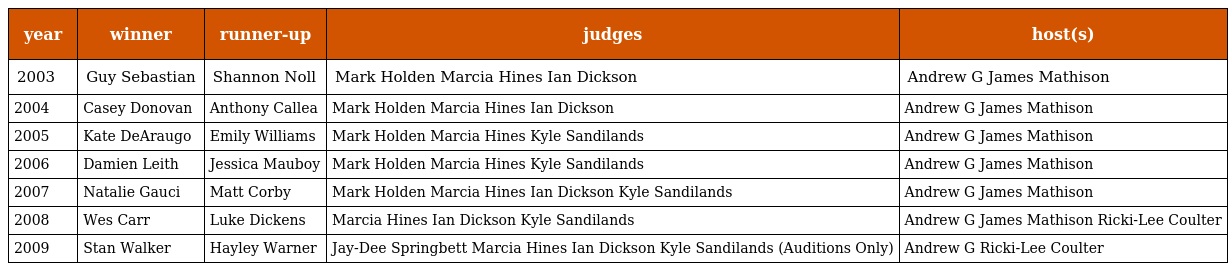
| year | winner | runner-up | judges | host(s) |
 | --- | --- | --- | --- | --- |
 | 2003 | Guy Sebastian | Shannon Noll | Mark Holden Marcia Hines Ian Dickson | Andrew G James Mathison |
 | 2004 | Casey Donovan | Anthony Callea | Mark Holden Marcia Hines Ian Dickson | Andrew G James Mathison |
 | 2005 | Kate DeAraugo | Emily Williams | Mark Holden Marcia Hines Kyle Sandilands | Andrew G James Mathison |
 | 2006 | Damien Leith | Jessica Mauboy | Mark Holden Marcia Hines Kyle Sandilands | Andrew G James Mathison |
 | 2007 | Natalie Gauci | Matt Corby | Mark Holden Marcia Hines Ian Dickson Kyle Sandilands | Andrew G James Mathison |
 | 2008 | Wes Carr | Luke Dickens | Marcia Hines Ian Dickson Kyle Sandilands | Andrew G James Mathison Ricki-Lee Coulter |
 | 2009 | Stan Walker | Hayley Warner | Jay-Dee Springbett Marcia Hines Ian Dickson Kyle Sandilands (Auditions Only) | Andrew G Ricki-Lee Coulter |